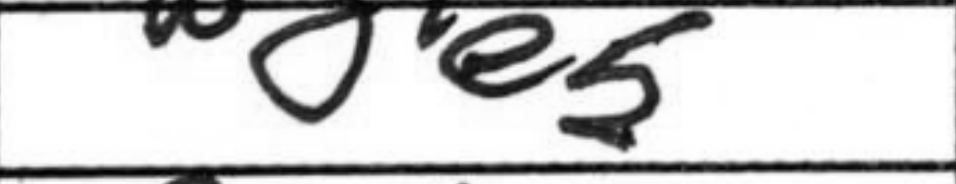
Transcription: e5